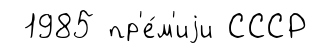
1985 пр'е́м'иjи СССР